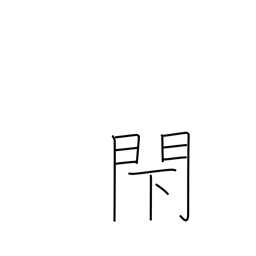
Meaning: block up